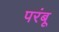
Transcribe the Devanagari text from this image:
परंबू